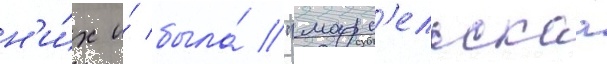
н'и́х и́ была́ "марс'ельскаа